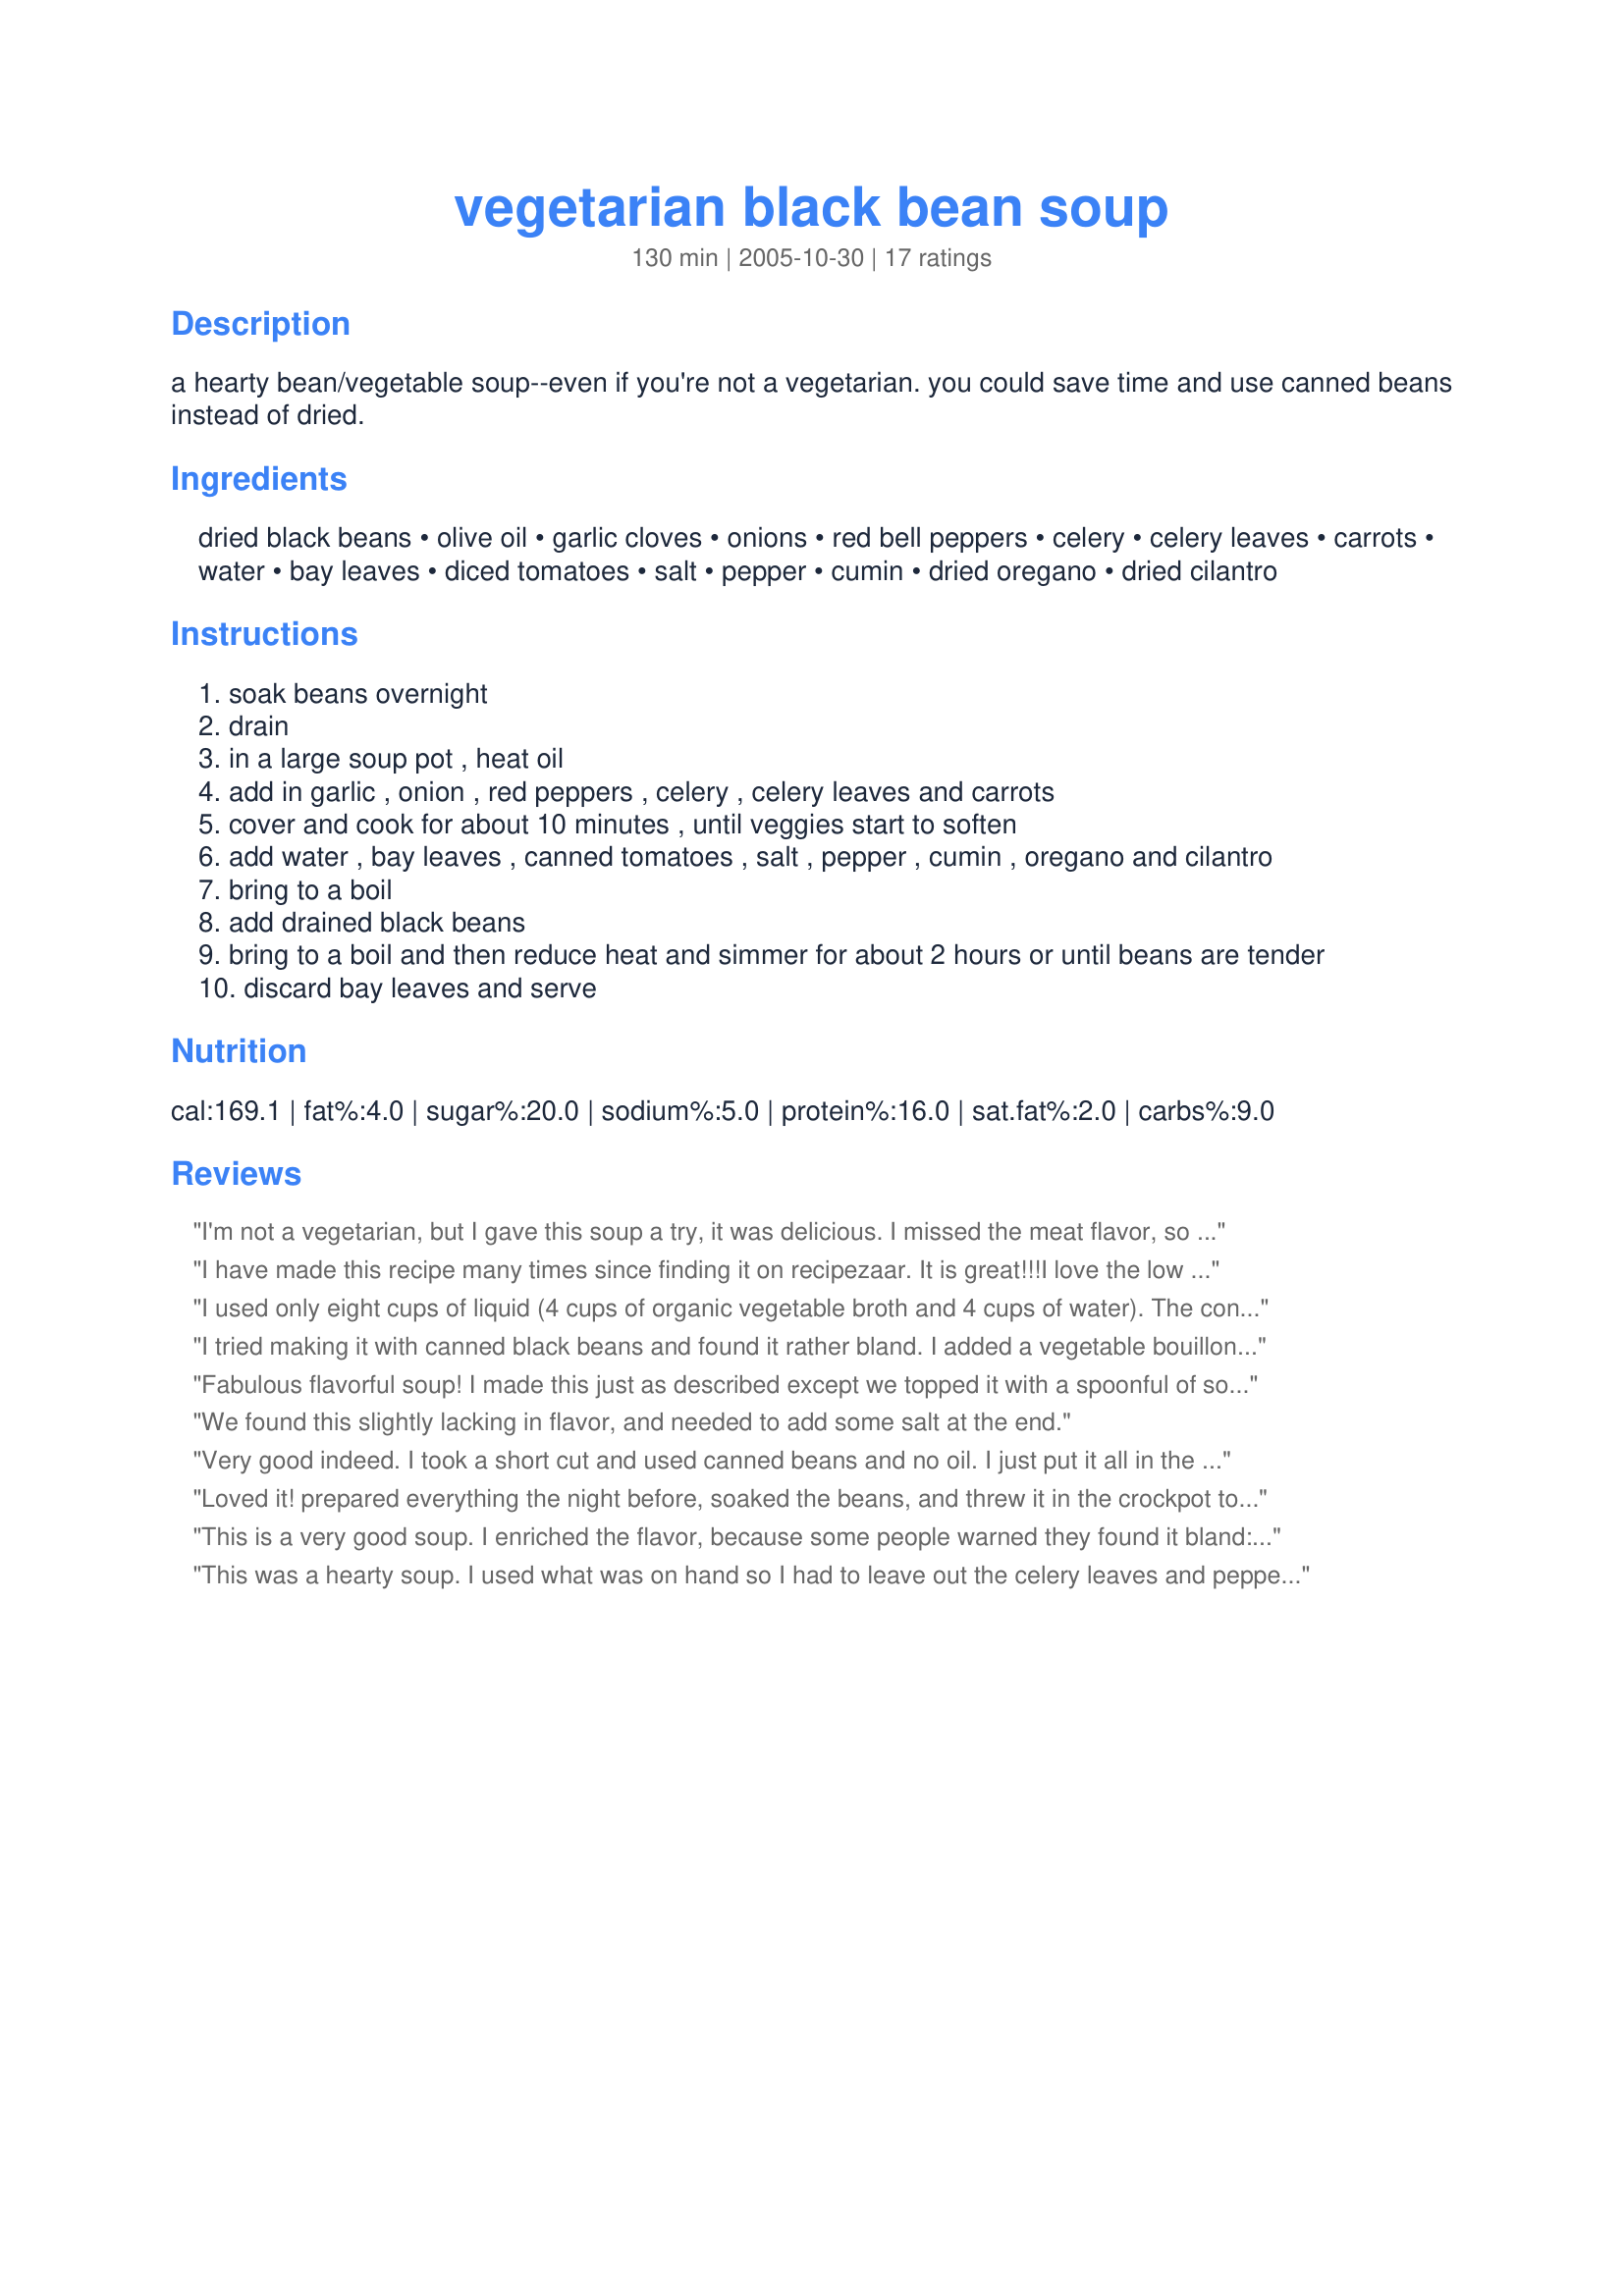
vegetarian black bean soup
Preparation time: 130 minutes

a hearty bean/vegetable soup--even if you're not a vegetarian. you could save time and use canned beans instead of dried.

Ingredients:
dried black beans, olive oil, garlic cloves, onions, red bell peppers, celery, celery leaves, carrots, water, bay leaves, diced tomatoes, salt, pepper, cumin, dried oregano, dried cilantro

Steps:
soak beans overnight
drain
in a large soup pot , heat oil
add in garlic , onion , red peppers , celery , celery leaves and carrots
cover and cook for about 10 minutes , until veggies start to soften
add water , bay leaves , canned tomatoes , salt , pepper , cumin , oregano and cilantro
bring to a boil
add drained black beans
bring to a boil and then reduce heat and simmer for about 2 hours or until beans are tender
discard bay leaves and serve

Reviews:
I'm not a vegetarian, but I gave this soup a try, it was delicious.
I missed the meat flavor, so I added just a touch of beef bouillon (sorry).
The second day I added some chipotle peppers, and the third day (yes, it is a lot of soup) I drained some of the juice and had the beans with scramble eggs for breakfast.
All 3 dishes delicious. Thank you Parsley.
I have made this recipe many times since finding it on recipezaar. It is great!!!I love the low fat. The taste. I never change anything.
I used only eight cups of liquid (4 cups of organic vegetable broth and 4 cups of water). The consistency was just right after I food processed it. I needed to add extra salt to flavor the soup more. I loved the soup and I also gave this soup to my friends who was undergoing cancer treatment.
I tried making it with canned black beans and found it rather bland. I added a vegetable bouillon cube to give it more of a broth and that helped a bit.
Fabulous flavorful soup! I made this just as described except we topped it with a spoonful of sour cream.
We found this slightly lacking in flavor, and needed to add some salt at the end.
Very good indeed. I took a short cut and used canned beans and no oil. I just put it all in the pot, brought it to boil and then simmered it very slowly on min heat for about 45 mins. Delicious, easy and perfect for another damp and rainy day. I topped it with a dollop of fat free sour cream and an olive. It has lots of good flavor and the fact that it's heart healthy doesn't hurt any. Thanks Parsley for a lovely soup that I'll make again.
Loved it! prepared everything the night before, soaked the beans, and threw it in the crockpot to cook all day. a wonderful healthy dinner that even my kids loved. served with brown rice. yummy. thanks.
This is a very good soup. I enriched the flavor, because some people warned they found it bland: I added vegetable broth, some extra salt and pepper, a whole tsp of cumin, some thyme and a little extra garlic and three bay leaves. And I threw in a couple of small potatoes to balance the extra salt. Then when it was more or less cooked, I put a couple of ladles full of beans etc (with a little liquid) in a blender to make a thick sauce which I then poured back into the soup and let it cook a little longer. Very tasty and rich soup stock. I used: soaked black beans, fresh tomatoes, harvested thyme, recently harvested bay leaves, and in the summer I look forward to fresh oregano and fresh coriander. This will certainly enhance the flavors. The fresher the ingredients the brighter the flavor. Serve it with baked squash, fresh salad and some corn bread. Mmmm.
This was a hearty soup. I used what was on hand so I had to leave out the celery leaves and peppers and did not add cumin as I do not like it. I also decided to add a handful of brown rice and barley. This was very filling soup and like most soups it was better the next day. Thanks for the recipe.
Loved this!! I halved the recipe since ther is only 3 of us and DD wouldn't eat much of it being a teenager! Even she ate it and her friend ate some of hers too...so we ended up with a very small lunch portion for 1 leftover! I used quite a bit more garlic than called for (minced) and a bit more cumin. Otherwise I made exactly as written. Next time( and there will be a next time -YUMMY) I may use half water and half Spicy V8 for even more flavor, but we like things spicy! ;) Great recipe - used canned beans to speed it up - total keeper!!! Thanks Parsley!!
This is good and hearty. I used canned black beans instead of dried beans, and I left out the celery leaves, because most of them didn't look so good. I'm going to definetely keep this recipe around, especially for winter.
Wonderful, healthy, flavorful soup! I used canned black bean, red and yellow peppers, additional salt and pepper, only 8 cups of water and lots of carrots. My husband added cheese to his soup to make it even heartier. I love the fresh taste of all the veggies. Thanks, Parsley!
I had this wonderful soup for dinner tonight. I used a combination of pinto and small red beans instead of black beans. I also used a 28 oz can of tomatoes and reduced the water by 2 cups to make up for the extra tomatoes. I added the diced red pepper 15 minutes before serving. Thanks for posting this recipe.
This is a lovely soup that tastes wonderful! I made it because it was so low in calories....who knew it would taste so good!!! I actually made this in an olla! I used canned beans and I would make this again! Thanks Parsley!! *Zaar World Tour 3*
Very good and hearty soup. Easy to put together. I used fresh cilantro and canned beans, using black and pinto beans. I served it with white rice and sour cream. Great recipe Parsley!
FABULOUS VEGAN NUTRITIOUS DELICIOUS! I made a half recipe as stated but did a quick soak for the black beans by bringing them to a boil turning off the heat and soaking for 3 hours. This recipe was perfect and satisfying all it needed was a bit more salt at the end. Half a recipe was 3 large servings for us. Made for the Zaar Stars tag game.
